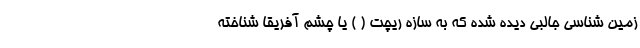
زمین شناسی جالبی دیده شده که به سازه ریچت ( ) یا چشم آفریقا شناخته